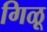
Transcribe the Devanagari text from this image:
गिळू